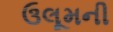
ઉલૂમની